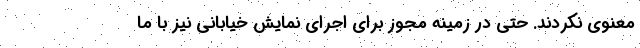
معنوی نکردند. حتی در زمینه مجوز برای اجرای نمایش خیابانی نیز با ما